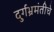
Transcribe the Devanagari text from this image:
दुर्गभ्रमंतीचे